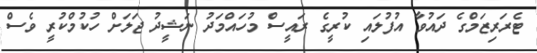
ޓެރަރިޒަމްގެ ދައުވާ އުފުލައި ކުރީގެ ރައީސް މުހައްމަދު ނަޝީދު ޖަަލަށް ހުކުމްކުރީ ވެސް